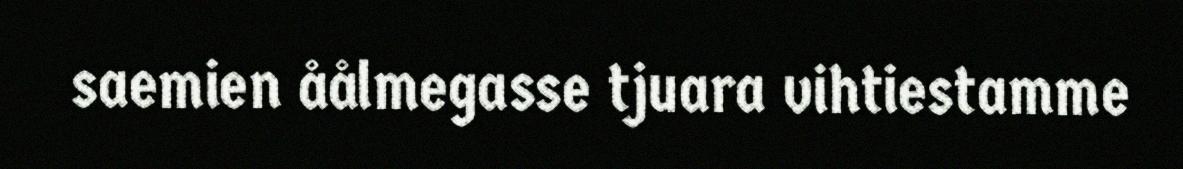
saemien åålmegasse tjuara vihtiestamme